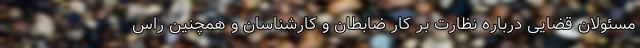
مسئولان قضایی درباره نظارت بر کار ضابطان و کارشناسان و همچنین راس